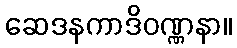
ဆေဒနကာဒိဝဏ္ဏနာ။